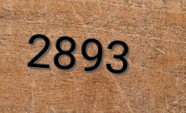
2893